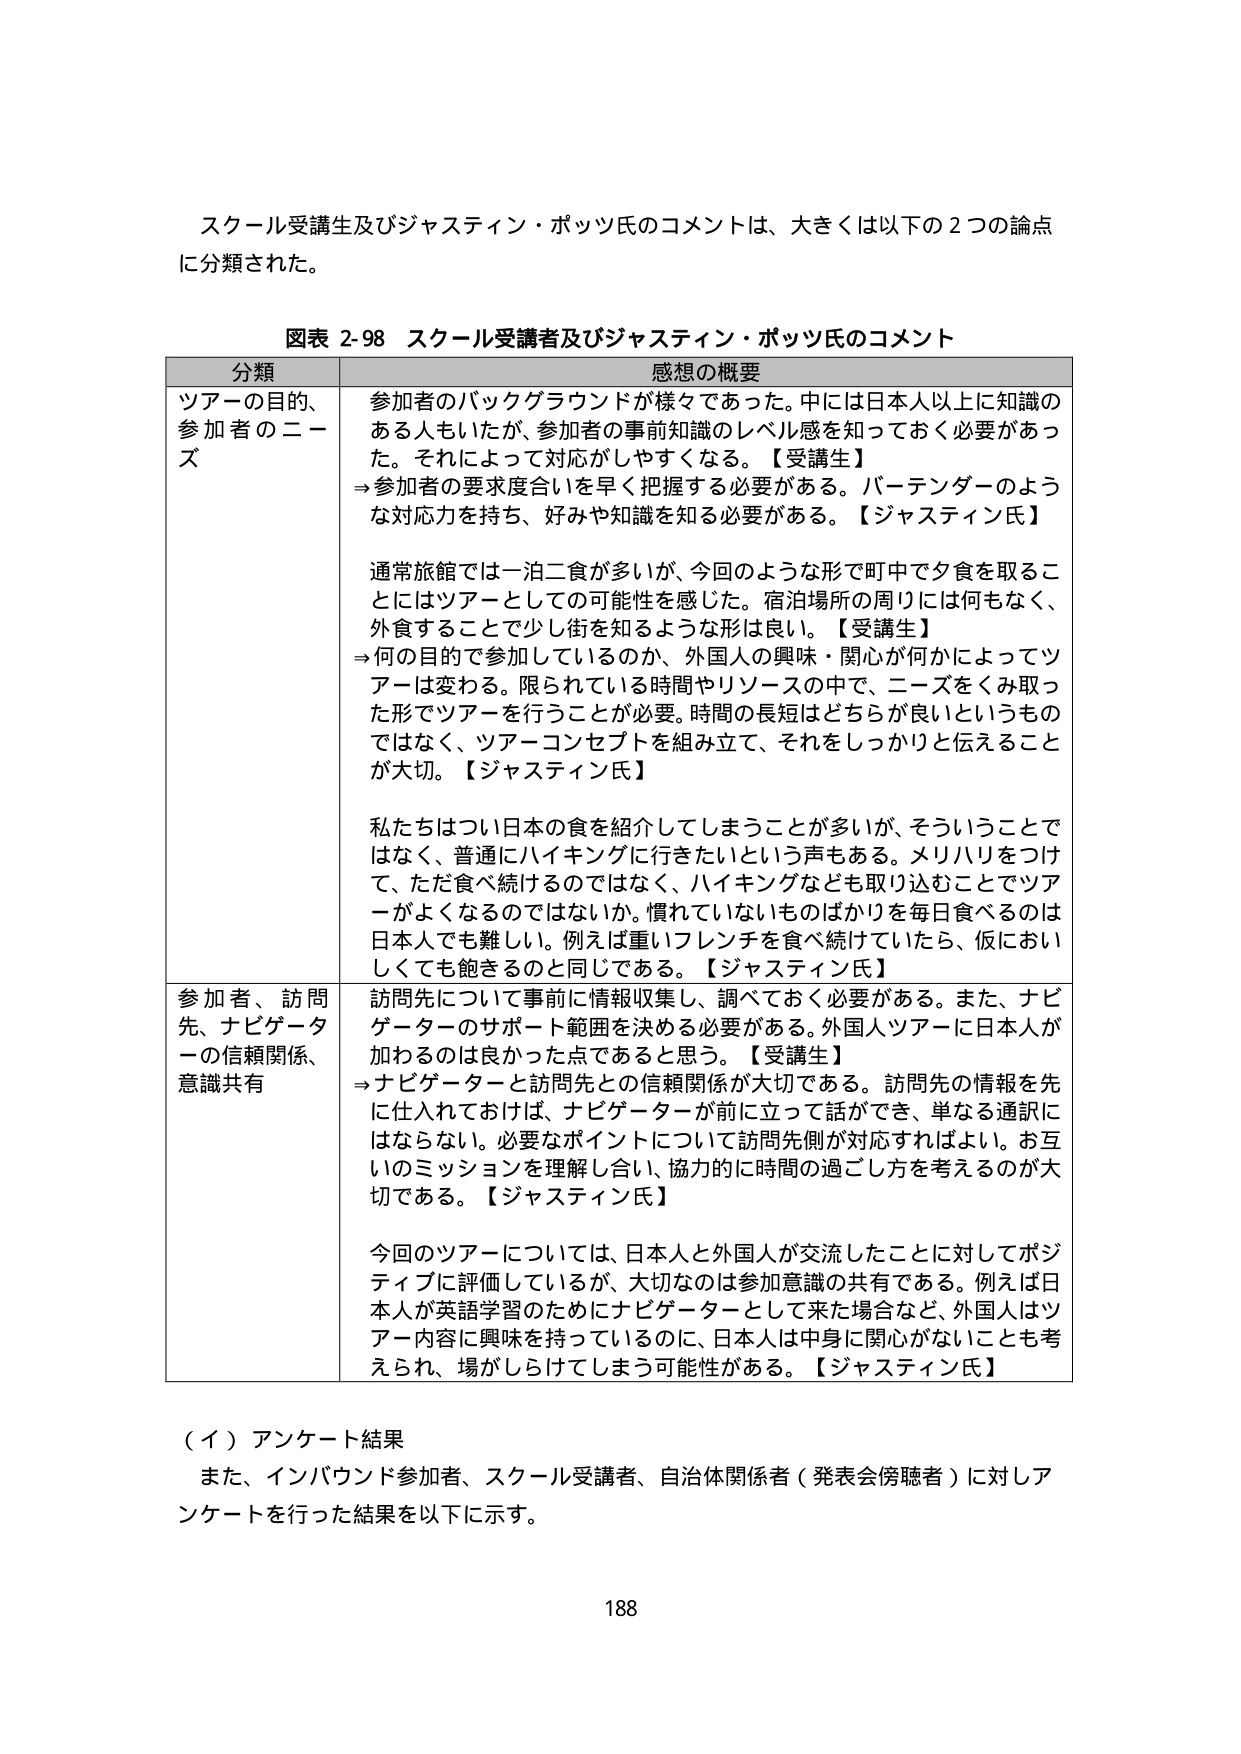
スクール受講生及びジャスティン・ボッツ氏のコメントは、大きくは以下の２つの論点に分類された。

図表 2-98 スクール受講者及びジャスティン・ボッツ氏のコメント

分類 感想の概要
ツアーの目的、参加者のニーズ 参加者のバックグラウンドが様々であった。中には日本人以上に知識のある人もいたが、参加者の事前知識のレベル感を知っておく必要があった。それによって対応がしやすくなる。【受講生】
⇒参加者の要求度合いを早く把握する必要がある。バーテンダーのような対応力を持ち、好みや知識を知る必要がある。【ジャスティン氏】
通常旅館では一泊二食が多いが、今回のような形で町中で夕食を取ることにはツアーとしての可能性を感じた。宿泊場所の周りには何もなく、外食することで少し街を知るような形は良い。【受講生】
⇒何の目的で参加しているのか、外国人の興味・関心が何かによってツアーは変わる。限られている時間やリソースの中で、ニーズをくみ取った形でツアーを行うことが必要。時間の長短はどちらが良いというものではなく、ツアーコンセプトを組み立て、それをしっかりと伝えることが大切。【ジャスティン氏】
私たちはつい日本の食を紹介してしまうことが多いが、そういうことではなく、普通にハイキングに行きたいという声もある。メリハリをつけて、ただ食べ続けるのではなく、ハイキングなども取り込むことでツアーがよくなるのではないか。慣れていないものはばかりを毎日食べるのは日本人でも難しい。例えば重いフレンチを食べ続けていたら、仮においしくても飽きるのと同じである。【ジャスティン氏】
参加者、訪問先、ナビゲーターの信頼関係、意識共有 訪問先について事前に情報収集し、調べておく必要がある。また、ナビゲーターのサポート範囲を決める必要がある。外国人ツアーに日本人が加わるのは良かった点であると思う。【受講生】
⇒ナビゲーターと訪問先との信頼関係が大切である。訪問先の情報を先に仕入れておけば、ナビゲーターが前に立って話ができ、単なる通訳にはならない。必要なポイントについて訪問先側が対応すればよい。お互いのミッションを理解し合い、協力的に時間の過ごし方を考えるのが大切である。【ジャスティン氏】
今回のツアーについては、日本人と外国人が交流したことに対してポジティブに評価しているが、大切なのは参加意識の共有である。例えば日本人が英語学習のためにナビゲーターとして来た場合など、外国人はツアー内容に興味を持っているのに、日本人は中身に関心がないことも考えられ、場がしらけてしまう可能性がある。【ジャスティン氏】

（イ）アンケート結果
また、インバウンド参加者、スクール受講者、自治体関係者（発表会傍聴者）に対しアンケートを行った結果を以下に示す。

188